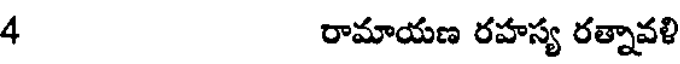
4 రామాయణ రహస్య రత్నావళి